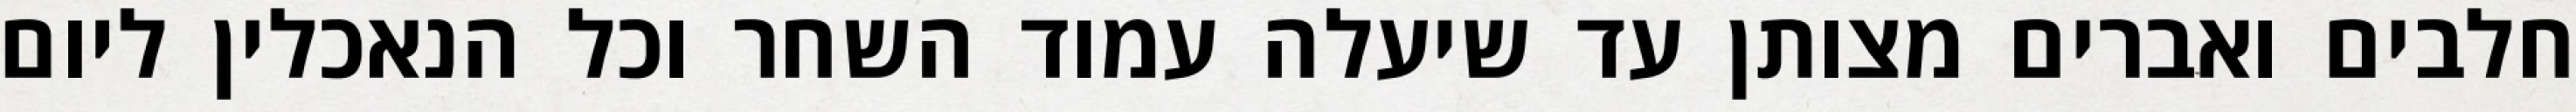
חלבים ואברים מצותן עד שיעלה עמוד השחר וכל הנאכלין ליום